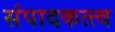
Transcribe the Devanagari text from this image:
संपादकत्त्व